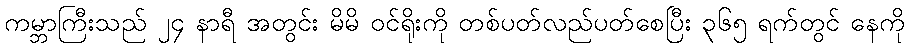
ကမ္ဘာကြီးသည် ၂၄ နာရီ အတွင်း မိမိ ဝင်ရိုးကို တစ်ပတ်လည်ပတ်စေပြီး ၃၆၅ ရက်တွင် နေကို